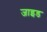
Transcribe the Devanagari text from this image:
जाइड